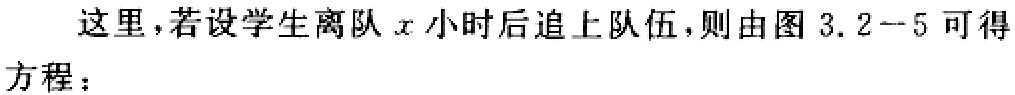
这里，若设学生离队\(x\)小时后追上队伍，则由图 \(3.2 - 5\) 可得方程：